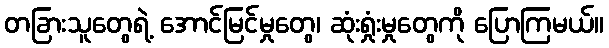
တခြားသူတွေရဲ့ အောင်မြင်မှုတွေ၊ ဆုံးရှုံးမှုတွေကို ပြောကြမယ်။